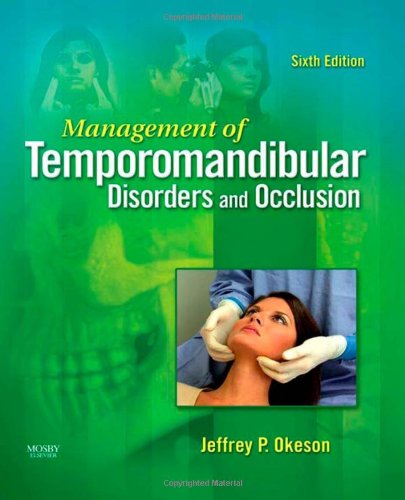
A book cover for Management of Temporomandibular Disorders and Occlusion, 6e; Jeffrey P. Okeson DMD; Medical Books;